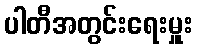
ပါတီအတွင်းရေးမှူး